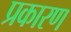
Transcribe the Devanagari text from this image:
प्रकारण